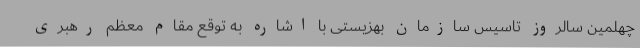
چهلمین سالروز تاسیس سازمان بهزیستی با اشاره به توقع مقام معظم رهبری